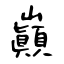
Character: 巓